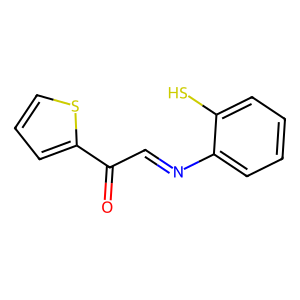
SMILES: O=C(C=Nc1ccccc1S)c1cccs1
Inhibits HIV replication: No